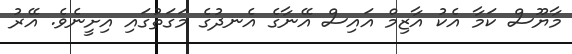
މާޔޫސް ކަމާ އެކު އާޒިމް އައިސް އޭނާގެ އެނދުގެ މަގަތުގައި އިށީނެވެ. އޭރު